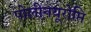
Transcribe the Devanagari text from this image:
पोलीनयूरोप्ति